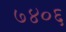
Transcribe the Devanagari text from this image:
७४०६